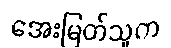
အေးမြတ်သူက